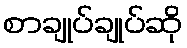
စာချုပ်ချုပ်ဆို